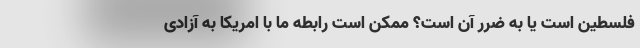
فلسطین است یا به ضرر آن است؟ ممکن است رابطه ما با امریکا به آزادی